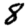
Digit: 8